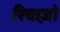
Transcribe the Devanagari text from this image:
रिवाज़ो